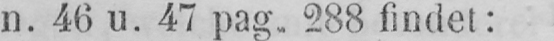
n. 46 u. 47 pag. 288 findet: